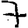
Digit: 7